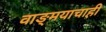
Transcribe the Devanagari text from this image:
वाङ्मयाचाही